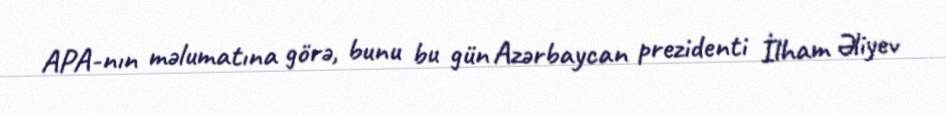
APA-nın məlumatına görə, bunu bu gün Azərbaycan prezidenti İlham Əliyev